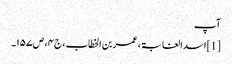
آپ
[1] اسد الغابۃ ، عمر بن الخطاب ، ج۴ ، ص۱۵۷۔